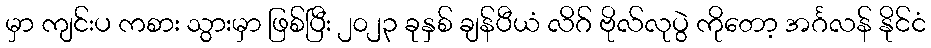
မှာ ကျင်းပ ကစား သွားမှာ ဖြစ်ပြီး ၂၀၂၃ ခုနှစ် ချန်ပီယံ လိဂ် ဗိုလ်လုပွဲ ကိုတော့ အင်္ဂလန် နိုင်ငံ